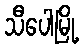
သီပေါမြို့